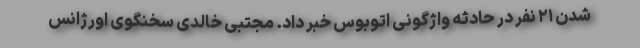
شدن ۲۱ نفر در حادثه واژگونی اتوبوس خبر داد. مجتبی خالدی سخنگوی اورژانس